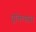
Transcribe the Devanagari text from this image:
यूक्लिप्टस